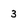
Character: 3